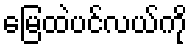
မြေထဲပင်လယ်ကို